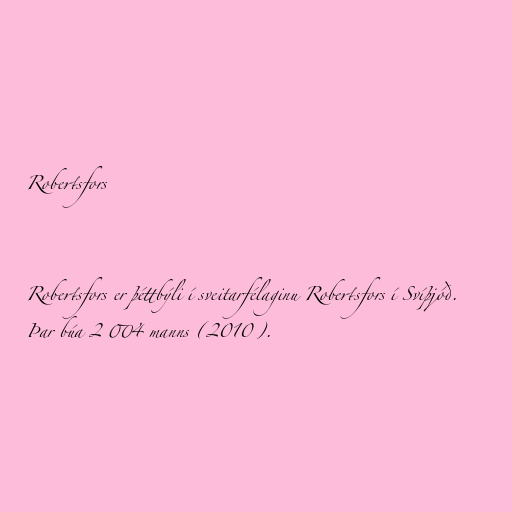
Robertsfors

Robertsfors er þéttbýli í sveitarfélaginu Robertsfors í Svíþjóð.
Þar búa 2 004 manns (2010).